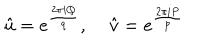
\hat { u } = e ^ { \frac { 2 \pi i Q } { q } } , \; \hat { v } = e ^ { \frac { 2 \pi i P } { p } }